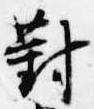
対